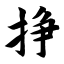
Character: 挣